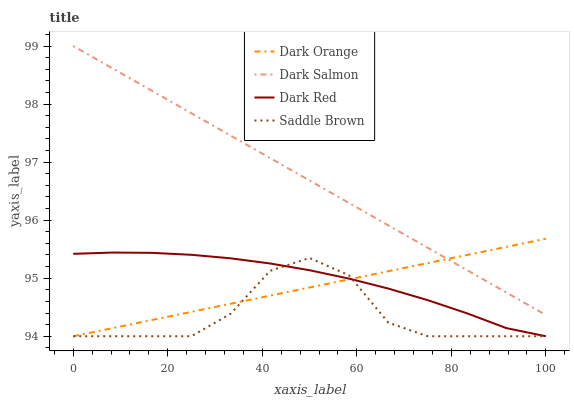
| xaxis_label | Dark Orange | Dark Salmon | Dark Red | Saddle Brown |
 | --- | --- | --- | --- | --- |
 | 0 | 94 | 99 | 95.4 | 94 |
 | 8.33 | 94.1 | 98.6 | 95.4 | 94 |
 | 16.7 | 94.3 | 98.2 | 95.4 | 94 |
 | 25 | 94.4 | 97.8 | 95.4 | 94 |
 | 33.3 | 94.6 | 97.5 | 95.3 | 94.4 |
 | 41.7 | 94.7 | 97.1 | 95.3 | 95.1 |
 | 50 | 94.8 | 96.7 | 95.1 | 95.3 |
 | 58.3 | 95 | 96.3 | 95 | 95.1 |
 | 66.7 | 95.1 | 95.9 | 94.8 | 94.2 |
 | 75 | 95.3 | 95.5 | 94.6 | 94 |
 | 83.3 | 95.4 | 95.1 | 94.4 | 94 |
 | 91.7 | 95.5 | 94.8 | 94.1 | 94 |
 | 100 | 95.7 | 94.4 | 94 | 94 |